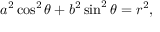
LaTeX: a ^ { 2 } \cos ^ { 2 } \theta + b ^ { 2 } \sin ^ { 2 } \theta = r ^ { 2 } ,